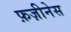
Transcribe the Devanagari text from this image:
फ़ज़ीनेस